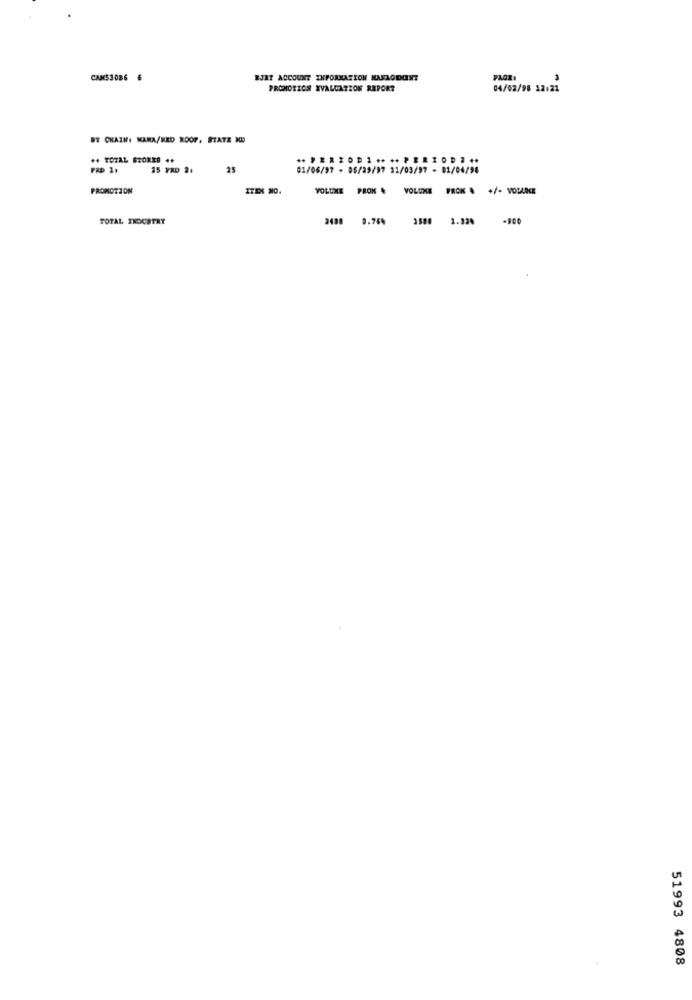
CANS3086 6
RJAT ACCOUNT INFORMATION KAFAODONT
PAGE:
PROMOTION IVALUATION REPORT
04/02/98 12:21
BY CHAIR: KAKA/RED ROOF, STATE XD
** TOTAL STORES ++
15 YRD 2.
25
01/06/97 - 05/29/97 31/03/97 - 01/04/98
PROMOTION
ITES NO.
VOLUME PROK & VOLUME PROK & +/- VOLLGE
TOTAL INDUSTRY
2480 0.76%
3500 1.32% -900
51993 4808